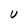
Character: V